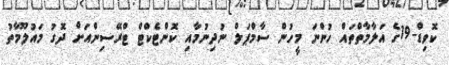
ކޮވިޑް-19ގެ އަލާމާތްތައް ހުންނަ މީހުން ސާމްޕަލް ނުދިނުމާއި ކޮންޓެކްޓް ޓްރޭސިންއަށް ދޮގު މައުލޫމާތު